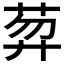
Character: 𦲇